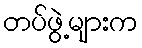
တပ်ဖွဲ့များက